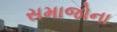
સમાજોના